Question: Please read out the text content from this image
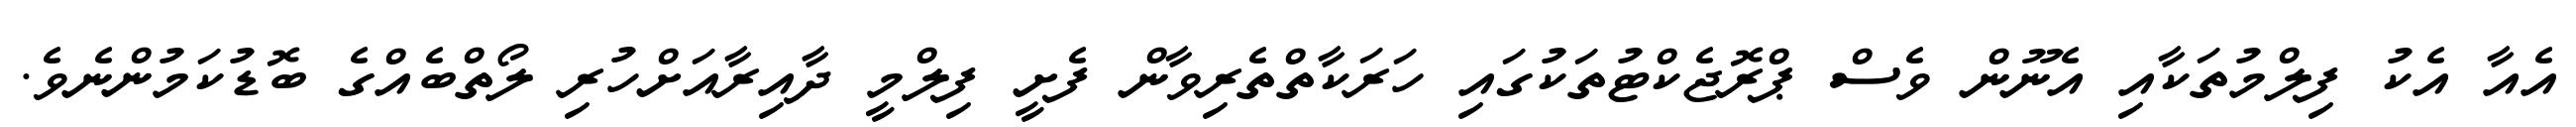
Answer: އެއާ އެކު ފިލްމުތަކާއި އެނޫން ވެސް ޕްރޮޖެކްޓުތަކުގައި ހަރަކާތްތެރިވާން ފެށީ ފިލްމީ ދާއިރާއަށްހުރި ލޯތްބެއްގެ ބޮޑުކަމުންނެވެ.